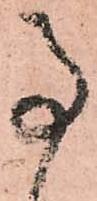
事